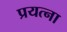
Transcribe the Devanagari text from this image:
प्रयत्ना